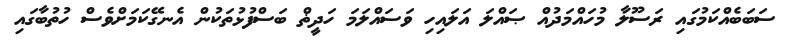
ސަބަބެއްކަމުގައި ރަސޫލާ މުހައްމަދުއް ޞައްލަ އަލައިހި ވަސައްލަމަ ހަދީޡް ބަސްފުޅުތަކުން އެނގޭކަމަށްވެސް ހުތުބާގައި